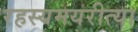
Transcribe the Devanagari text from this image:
रहस्यमयरीत्या